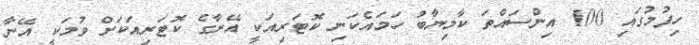
ހިފުމުގައި 100 އިންސައްތަ ކާމިޔާބު ހަމައެކަނި ކޮޓަރިއަކީ އޭނާގެ ކޮޓަރިއަކަށް ވުމަކީ އޭނާ